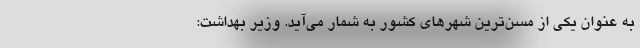
به عنوان یکی از مسن‌ترین شهر‌های کشور به شمار می‌آید. وزیر بهداشت: